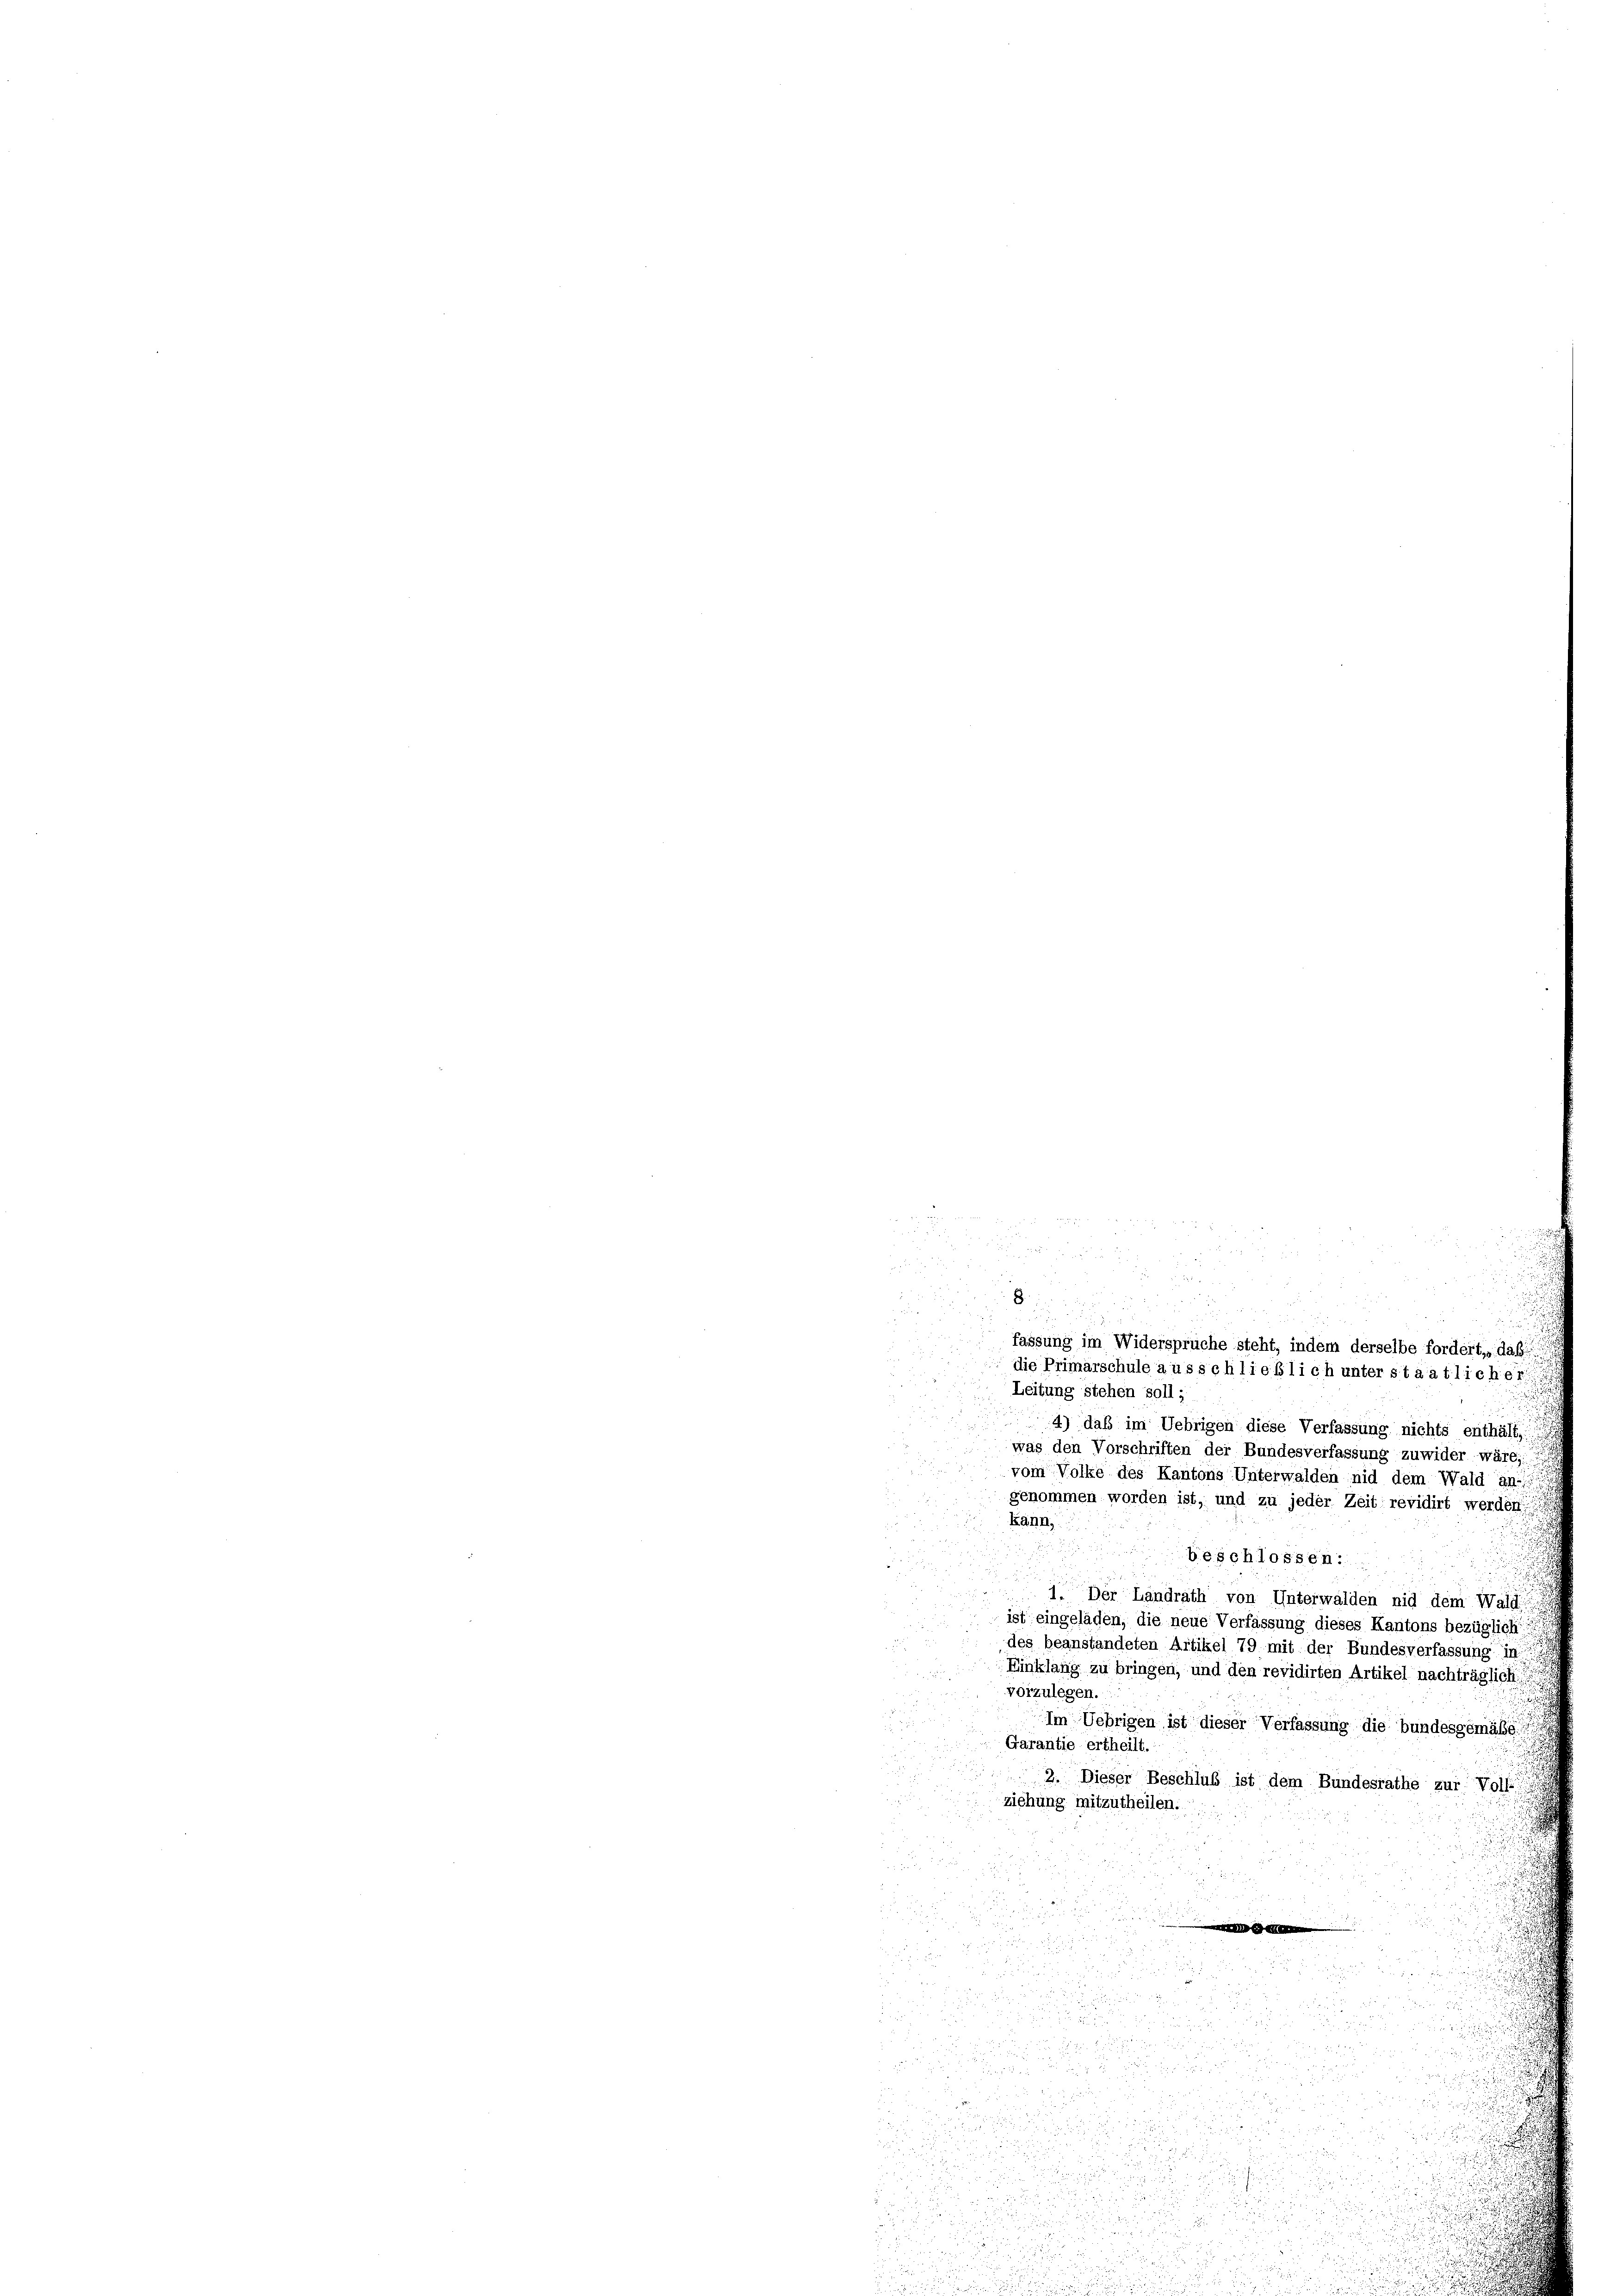
.
8
i

Leitung stehen soll;
4) daß im Uebrigen diese Verfassung nichts enthält,
was den Vorschriften der Bundesverfassung zuwider wäre,
vom Volke des Kantons Unterwalden nid dem Wald an-
genommen worden ist, und zu jeder Zeit revidirt werden
kann,
beschlossen:
1. Der Landrath von Unterwalden nid dem Wald
ist eingeladen, die neue Verfassung dieses Kantons bezüglich!!
des beanstandeten Artikel 79 mit der Bundesverfassung in
Einklang zu bringen, und den revidirten Artikel nachträglich.
vorzulegen.
Im Uebrigen ist dieser Verfassung die bundesgemäße
Garantie ertheilt.
2. Dieser Beschluß ist dem Bundesrathe zur Voll
ziehung mitzutheilen.
2

i

n

.
¬

5

.

i
fassung im Widersprüche steht, indem derselbe fordert, daß
die Primarschule ausschließlich unter staatlicher